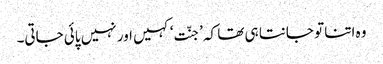
وہ اتنا تو جانتا ہی تھا کہ ’جنّت‘ کہیں اور نہیں پائی جاتی۔